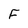
Character: F